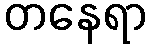
တနေရာ